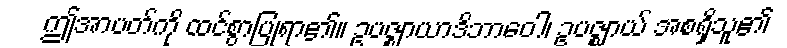
ဤအာပတ်ကို ထင်စွာပြုရာ၏။ ဥပဇ္ဈာယာဒိဘာဝေါ၊ ဥပဇ္ဈာယ် အစရှိသူ၏